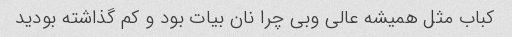
کباب مثل همیشه عالی وبی چرا نان بیات بود و کم گذاشته بودید